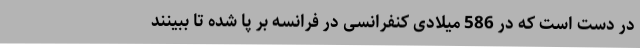
در دست است که در 586 میلادی کنفرانسی در فرانسه بر پا شده تا ببینند